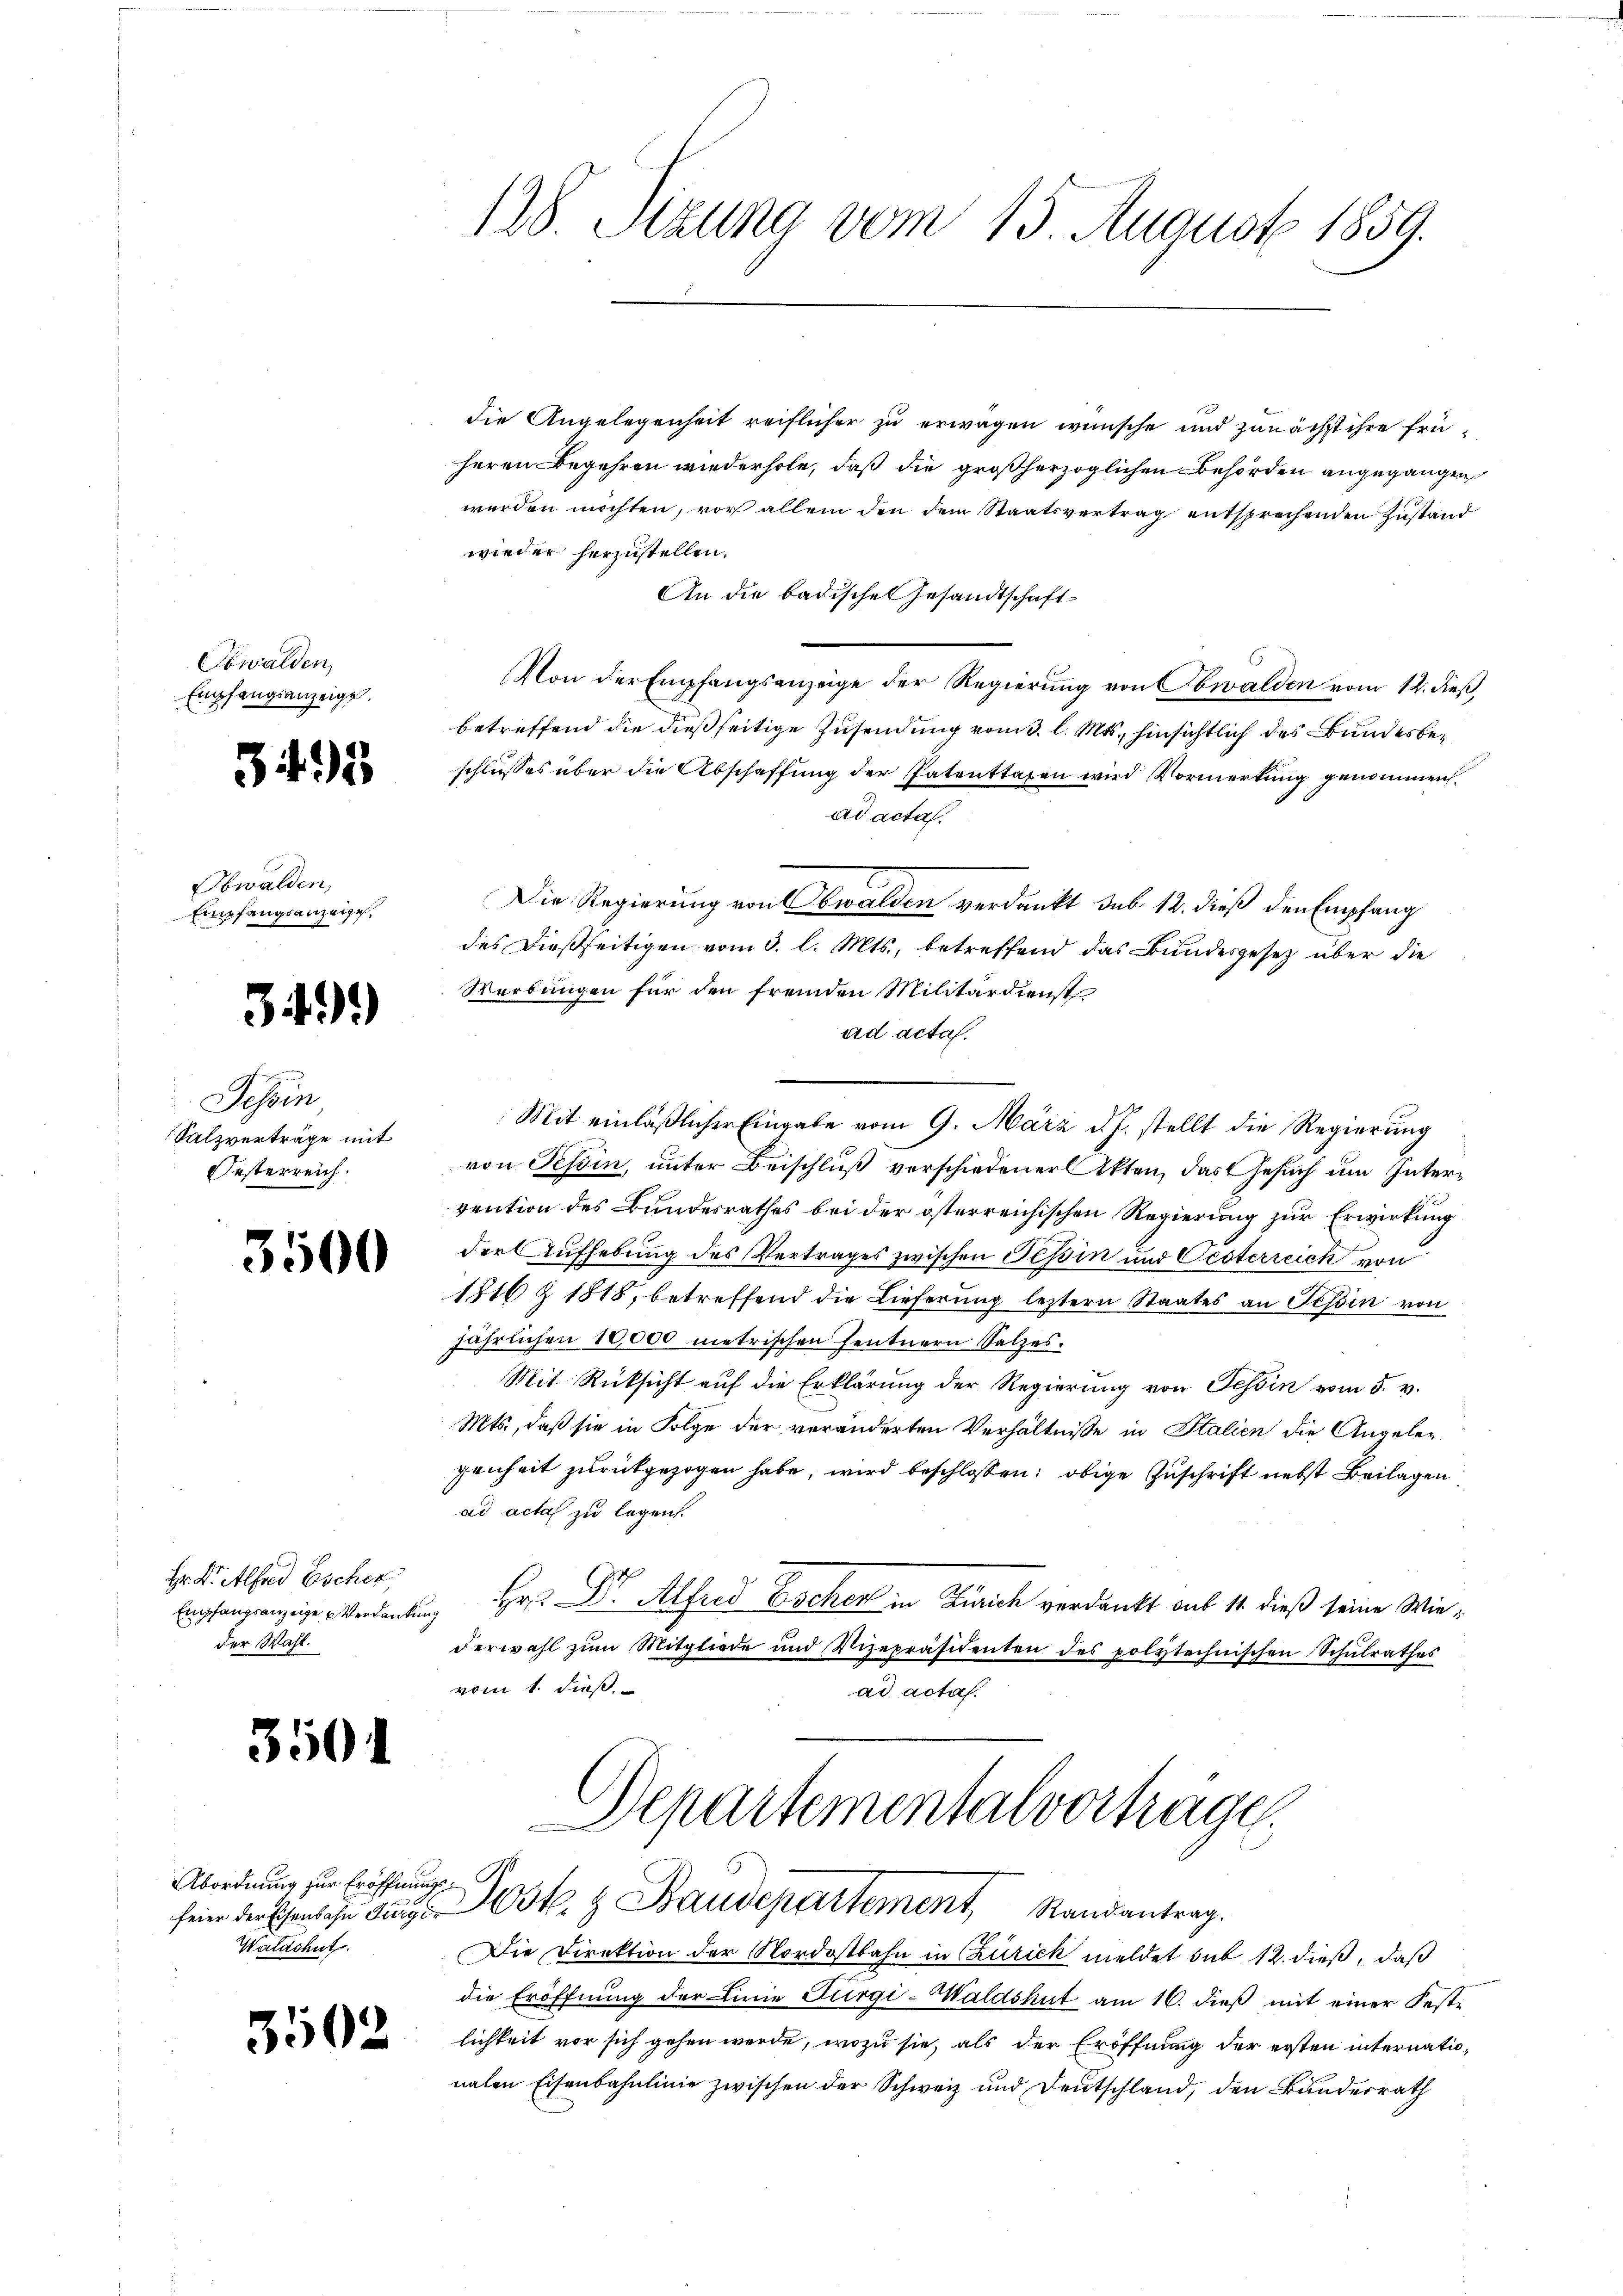
Obwalden,
Empfangsanzeigt.

3

23

Obwalden,
Empfangsanzeige,

491)

Sessen
Salzverträge mit
Oesterreich.

3500

Hr. Dietlfred Eschen,
Empfangsanzeige Verdanken
der Wahl.

3501

Abordnung zur Eröffnungs¬
Waldshut.

3502

128. Sitzung vom 13. August 1859.

die Angelegenheit reiflicher zu erwagen wünsche und zunächst ihre früheren Begehren wiederhole, daß die großherzoglichen Behörden angegangen,
werden möchten, vor allein den dem Staatsvertrag entsprechenden Zustand
wieder herzustellen.
An die Badischen Gesandtschaft
Von der Empfangsanzeige der Regierung von Obwalden vom 12. dieß,
betreffend die dießseitige Zusendung vom 3. l. Mts., hinsichtlich des Bundesbeschlusses über die Abschaffung der Patenttaxen wird Vormerkung genommen.
ad acta.
Die Regierung von Obwalden verdankt sub 12. dieß den Empfang
des dießseitigen vom 3. l. Mts., betreffend das Bundesgesetz über die
Werbungen für den fremden Militärdienst
ad acta.
Mit einläßlicher Eingabe vom 9. März d. J. stellt die Regierung
von Tessin, unter Beischluß verschiedener Akten, das Gesuch um Intervention des Bundesrathes bei der österreichischen Regierung zur Erwirkung
der Aufhebung des Vertrages zwischen Tessin und Oesterreich von
1816 Z 1818, betreffend die Lieferung leztern Staates an Tessin von
jährlichen 10,000 metrischen Zentnern Salzes.
Mit Rücksicht auf die Erklärung der Regierung von Tessin vom 5. v.
Mts., daß sie in Folge der veränderten Verhältnisse in Italien die Angeleg
genheit zurückgezogen habe, wird beschlossen: obige Zuschrift nebst Beilagen
ad acta zu legen.
Hr. Dr. Alfred Escher in Zürich verdankt aus 14. dieß seine Wiederwahl zum Mitgliede und Vizepräsidenten des polytechnischen Schulrathes
vom 1. dieß
ad acta.
Departementalverträgen
feier der Eisenbahn dans Post.  Baudepartement Randantrag.
Die Direktion der Nordostbahn in Zürich meldet sub 12. dieß, daß
die Eröffnung der Linie Furgi-Waldshut am 16. dieß mit einer Festlichkeit vor sich gehen werde, wozu sie, als der Eröffnung der ersten internationalen Eisenbahnlinie zwischen der Schweiz und Deutschland, den Bundesrath